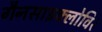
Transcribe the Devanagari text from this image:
गैनसाइक्लोविर